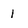
Character: 1